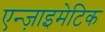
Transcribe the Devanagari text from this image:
एन्ज़ाइमेटिक